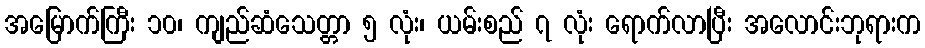
အမြောက်ကြီး ၁၀၊ ကျည်ဆံသေတ္တာ ၅ လုံး၊ ယမ်းစည် ၇ လုံး ရောက်လာပြီး အလောင်းဘုရားက